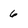
Character: 6